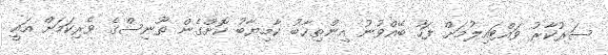
ސަރުކާރު ވައްޓައިލުމަށް ފަހު ބޭއްވުނު އިންތިޚާބު ކާމިޔާބު ކޮށްގެން ތޫނިސްގެ ވެރިކަމަށް އައީ